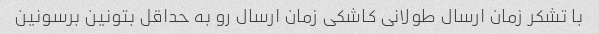
با تشکر زمان ارسال طولانی کاشکی زمان ارسال رو به حداقل بتونین برسونین